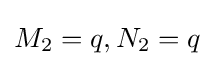
M_{2}=q,N_{2}=q